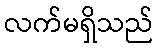
လက်မရှိသည်